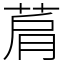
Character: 菺